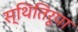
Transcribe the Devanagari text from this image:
स्थितिरूपा